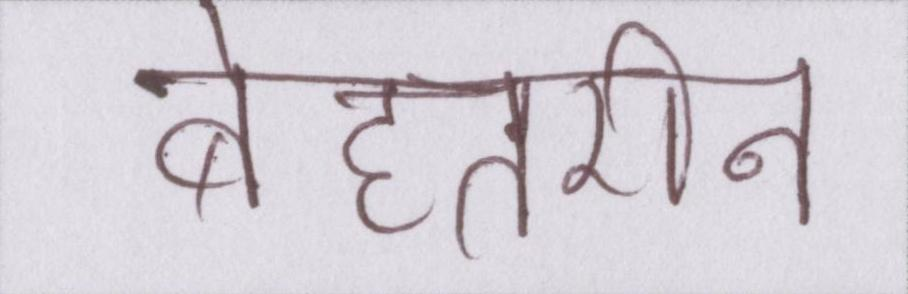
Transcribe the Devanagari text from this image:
बेहतरीन